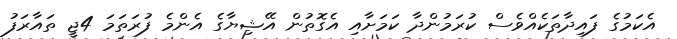
އެކަމުގެ ފައިދާތަކެއްވެސް ކުރަމުންދާ ކަމަށާއި އެގޮތުން އޭޝިޔާގެ އެންމެ ފުރަތަމަ 4ޖީ ތައާރަފު